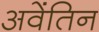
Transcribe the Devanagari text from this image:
अवेंतिन